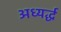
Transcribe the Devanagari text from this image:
अध्यर्द्ध